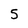
Character: 5